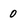
Character: 0